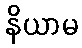
နိယာမ